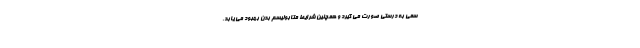
سمی به درستی صورت می گیرد و همچنین شرایط متابولیسم بدن بهبود می یابد.